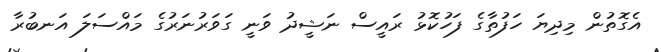
އެގޮތުން މިދިޔަ ހަފުތާގެ ފަހުކޮޅު ރައީސް ނަޝީދު ވަނީ ގަވަރުނަރުގެ މައްސަލަ އަނބުރާ